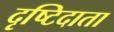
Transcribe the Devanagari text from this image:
दृष्टिदाता